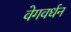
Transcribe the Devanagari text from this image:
वेगवर्धन